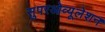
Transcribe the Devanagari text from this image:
सुपरओव्यूलेशन